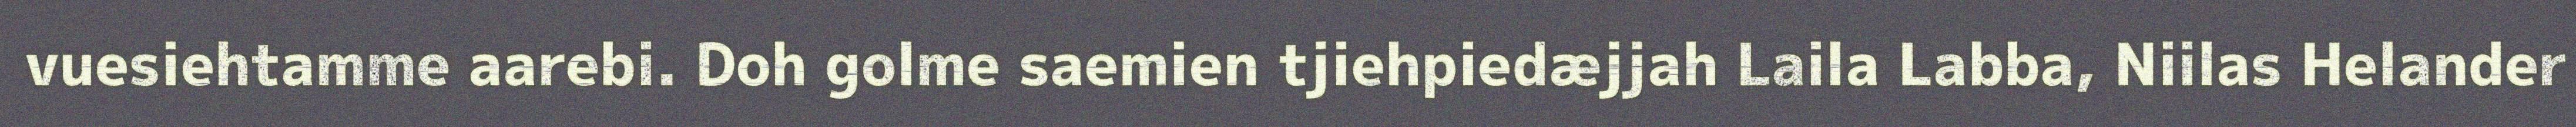
vuesiehtamme aarebi. Doh golme saemien tjiehpiedæjjah Laila Labba, Niilas Helander